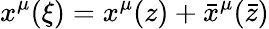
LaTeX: x^{\mu}(\xi)=x^{\mu}(z)+\bar{x}^{\mu}({\bar{z}})